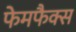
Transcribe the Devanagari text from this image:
फेमफैक्स